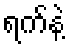
ရက်နဲ့